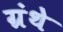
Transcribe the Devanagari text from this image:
ग्रंथे